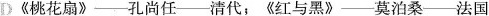
D《桃花扇》——孔尚任——清代；《红与黑》——莫泊桑——法国